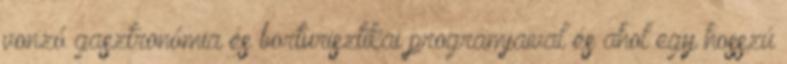
vonzó gasztronómia és borturisztikai programjaival és ahol egy hosszú